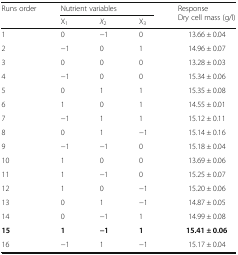
<table><thead><tr><td rowspan="2"><b>Runs order</b></td><td colspan="3"><b>Nutrient variables</b></td><td rowspan="2"><b>Response Dry cell mass (g/l)</b></td></tr><tr><td><b>X<sub>1</sub></b></td><td><b><i>X</i><sub>2</sub></b></td><td><b>X<sub>3</sub></b></td></tr></thead><tbody><tr><td>1</td><td>0</td><td>−1</td><td>0</td><td>13.66 ± 0.04</td></tr><tr><td>2</td><td>−1</td><td>0</td><td>1</td><td>14.96 ± 0.07</td></tr><tr><td>3</td><td>0</td><td>0</td><td>0</td><td>13.28 ± 0.03</td></tr><tr><td>4</td><td>−1</td><td>0</td><td>0</td><td>15.34 ± 0.06</td></tr><tr><td>5</td><td>0</td><td>1</td><td>1</td><td>15.35 ± 0.08</td></tr><tr><td>6</td><td>1</td><td>0</td><td>1</td><td>14.55 ± 0.01</td></tr><tr><td>7</td><td>−1</td><td>1</td><td>1</td><td>15.12 ± 0.11</td></tr><tr><td>8</td><td>0</td><td>1</td><td>−1</td><td>15.14 ± 0.16</td></tr><tr><td>9</td><td>−1</td><td>−1</td><td>0</td><td>15.18 ± 0.04</td></tr><tr><td>10</td><td>1</td><td>0</td><td>0</td><td>13.69 ± 0.06</td></tr><tr><td>11</td><td>1</td><td>−1</td><td>0</td><td>15.25 ± 0.07</td></tr><tr><td>12</td><td>1</td><td>0</td><td>−1</td><td>15.20 ± 0.06</td></tr><tr><td>13</td><td>0</td><td>1</td><td>−1</td><td>14.87 ± 0.05</td></tr><tr><td>14</td><td>0</td><td>−1</td><td>1</td><td>14.99 ± 0.08</td></tr><tr><td><b>15</b></td><td><b>1</b></td><td><b>−1</b></td><td><b>1</b></td><td><b>15.41 ± 0.06</b></td></tr><tr><td>16</td><td>−1</td><td>1</td><td>−1</td><td>15.17 ± 0.04</td></tr></tbody></table>